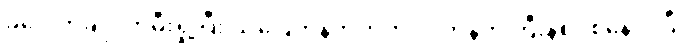
ခုပေါက်ချိုင်ကိုမီးရှို့ပြီး သပြေကန်ဘက်ကို လက်နက်ကြီးနဲ့စပစ်နေပါပြီ။